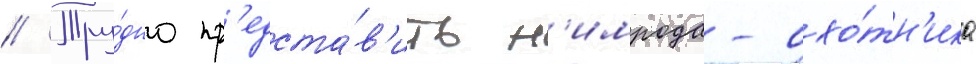
// Тру́дно пр'едста́в'ить н'имрода-охо́тн'ика